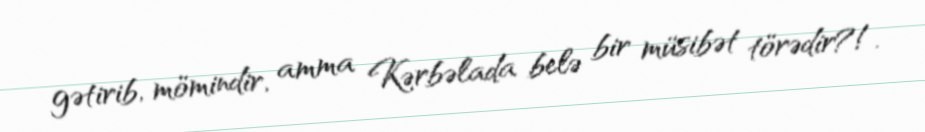
gətirib, mömindir, amma Kərbəlada belə bir müsibət törədir?!.